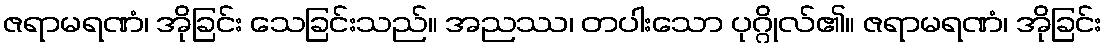
ဇရာမရဏံ၊ အိုခြင်း သေခြင်းသည်။ အညဿ၊ တပါးသော ပုဂ္ဂိုလ်၏။ ဇရာမရဏံ၊ အိုခြင်း